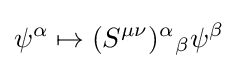
\psi ^{\alpha }\mapsto (S^{\mu \nu })^{\alpha }{}_{\beta }\psi ^{\beta }